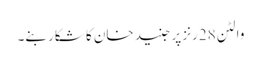
والٹن 28رنز پر جنید خان کا شکار بنے۔